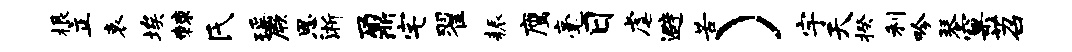
根立哀埃棘氏瑶厥恩淅鼐宅翟耨鹰毫日虐避苦）宇天揆利吟琴窠苕